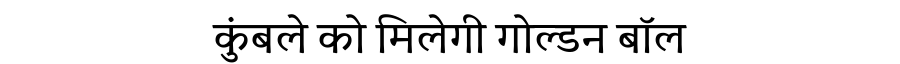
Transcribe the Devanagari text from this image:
कुंबले को मिलेगी गोल्डन बॉल